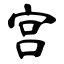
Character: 宫